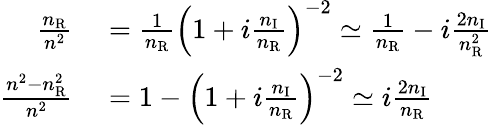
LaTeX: \begin{array}{rl}{\frac{n_{\mathrm{R}}}{n^{2}}}&{{}=\frac{1}{n_{\mathrm{R}}}\left(1+i\frac{n_{\mathrm{I}}}{n_{\mathrm{R}}}\right)^{-2}\simeq\frac{1}{n_{\mathrm{R}}}-i\frac{2n_{\mathrm{I}}}{n_{\mathrm{R}}^{2}}}\\ {\frac{n^{2}-n_{\mathrm{R}}^{2}}{n^{2}}}&{{}=1-\left(1+i\frac{n_{\mathrm{I}}}{n_{\mathrm{R}}}\right)^{-2}\simeq i\frac{2n_{\mathrm{I}}}{n_{\mathrm{R}}}}\end{array}